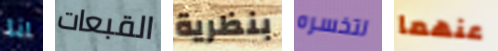
انا القبعات بنظرية لتخسره عنهما